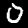
Label: 0